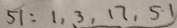
5 1 : 1 , 3 , 1 7 , 5 1